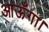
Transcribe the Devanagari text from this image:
आऊँगा।